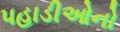
પહાડીઓનો